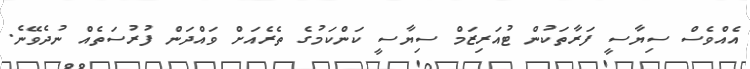
އެއްވެސް ސިޔާސީ ފަރާތަކުން ޓުއަރިޒަމް ސިޔާސީ ކަންކަމުގެ ތެރެއަށް ވައްދަން ފުރުސަތެއް ނުދެވޭނެ.